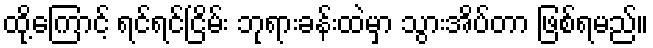
ထို့ကြောင့် ရင်ရင်ငြိမ်း ဘုရားခန်းထဲမှာ သွားအိပ်တာ ဖြစ်ရမည်။